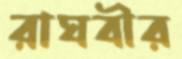
রাঘবীর